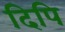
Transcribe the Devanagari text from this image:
दिपि